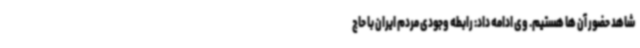
شاهد حضور آن ها هستیم. وی ادامه داد: رابطه وجودی مردم ایران با حاج